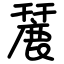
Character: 麉